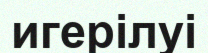
игерілуі